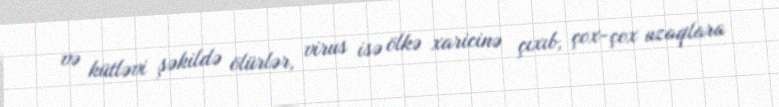
və kütləvi şəkildə ölürlər, virus isə ölkə xaricinə çıxıb, çox-çox uzaqlara